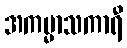
အကမ္မာသကာရီ